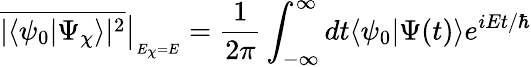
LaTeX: \overline{{|\langle\psi_{0}|\Psi_{\chi}\rangle|^{2}}}\big|_{_{E_{\chi}=E}}=\frac{1}{2\pi}\int_{-\infty}^{\infty}dt\langle\psi_{0}|\Psi(t)\rangle e^{iEt/\hbar}